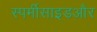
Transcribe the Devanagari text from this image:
स्पर्मीसाइडऔर